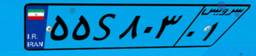
۷۶S۷۲۱۱۹